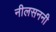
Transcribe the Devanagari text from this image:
नीलसननी